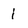
Character: i